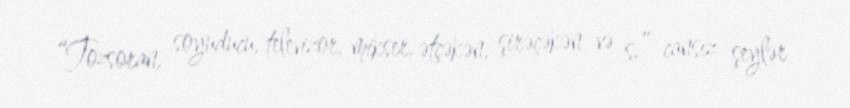
“Tozsoran, soyuducu, televizor, mikser, ətçəkən, şirəçəkən və s.” cansız şeylər